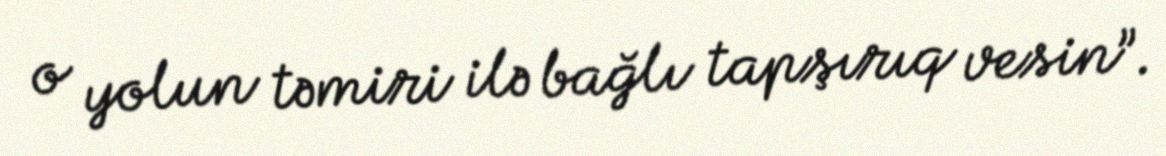
o yolun təmiri ilə bağlı tapşırıq vesin”.